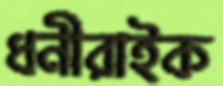
ধনীরাইক